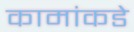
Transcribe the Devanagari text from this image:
कामांकडे